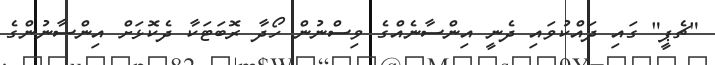
"ޗެޕީ" ގައި ދައްކުވައި ދެނީ އިންސާނެއްގެ ވިސްނުން ހޯދާ ރޮބަޓަކާ ދެކޮޅަށް އިންސާނުންގެ